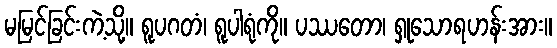
မမြင်ခြင်းကဲ့သို့။ ရူပဂတံ၊ ရူပါရုံကို။ ပဿတော၊ ရှုသောရဟန်းအား။